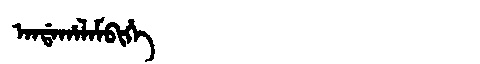
Manchu: ᠠᠨᡩᠠᡥᠠᠯᠠᠮᠪᡳᡥᡝ
Romanization: ANDAHALAMBIHE